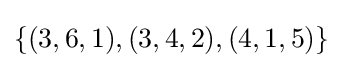
\{(3,6,1),(3,4,2),(4,1,5)\}